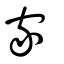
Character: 家